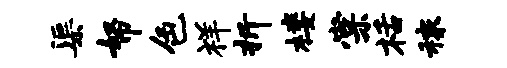
渠帑色祥折楼棠栝稼